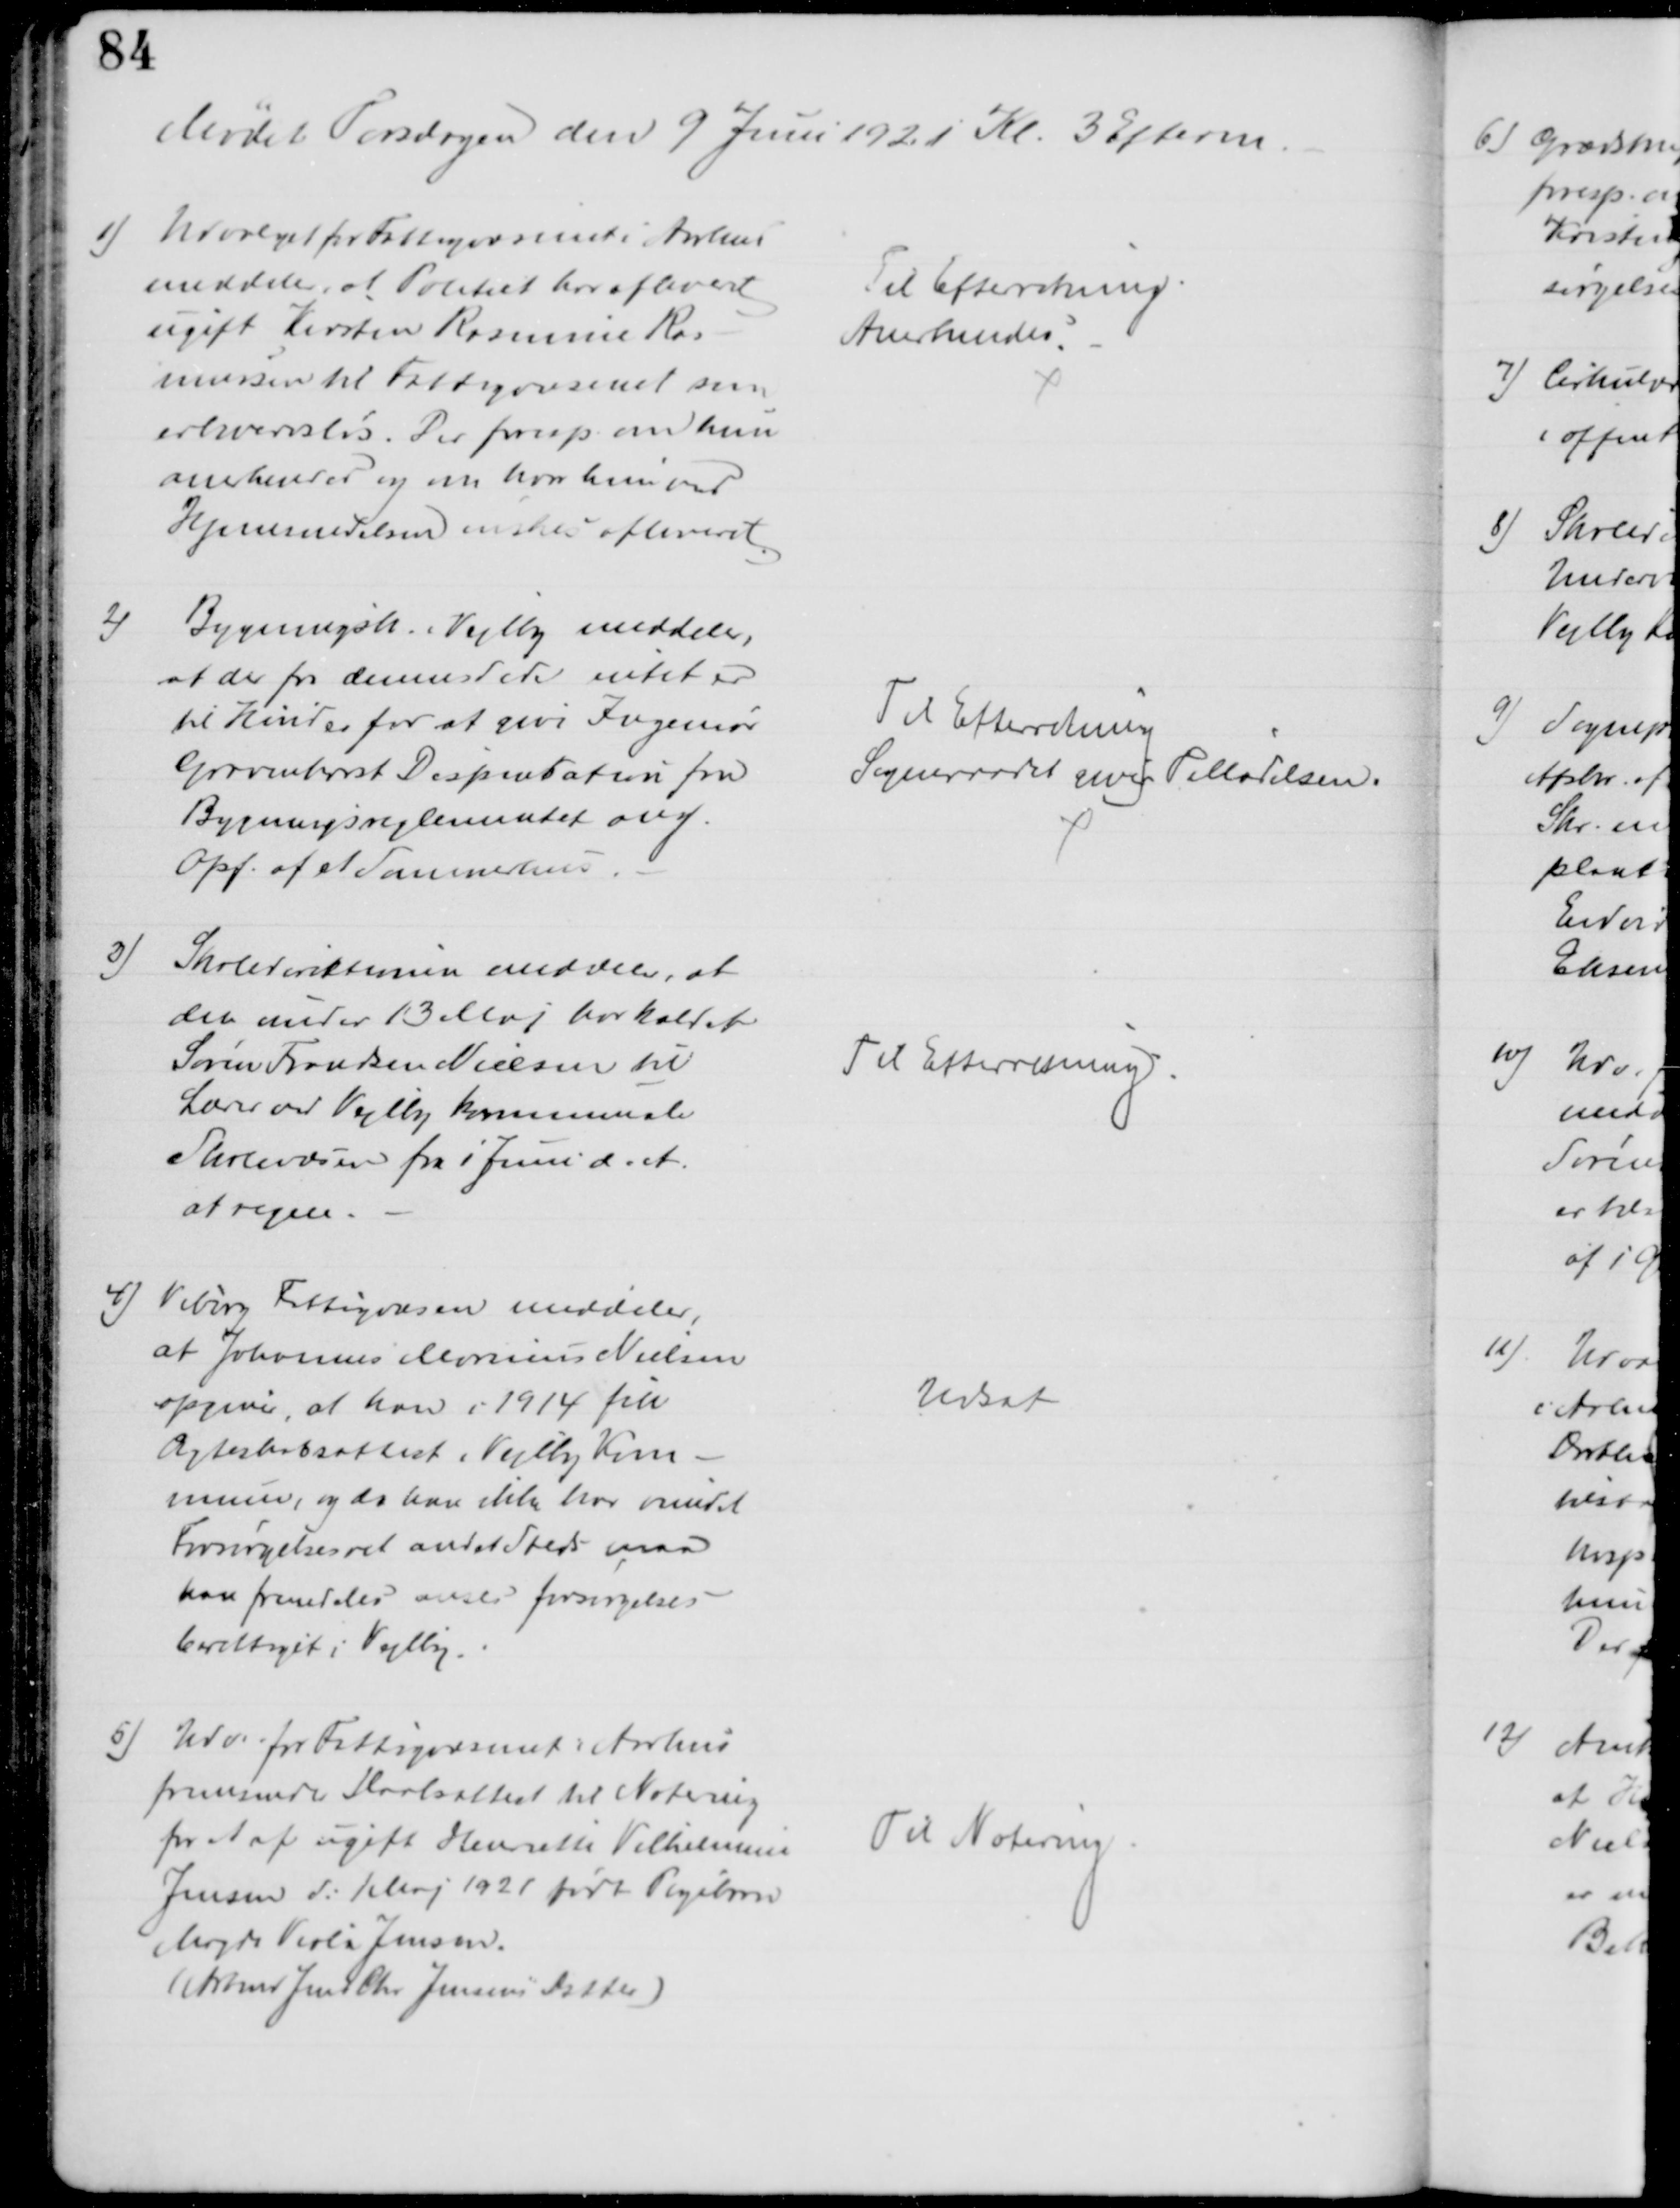
Transskription:
Mødet Torsdagen den 9 Juni 1921 Kl. 3 Efterm.
1)
Udvalget for Fattigvæsenet i Aarhus
meddeler, at Politiet har afleveret
ugift Kirsten Rasmine Ras-
mussen til Fattigvæsenet som
erhvervsløs. Der foresp. om hun
anerkendes og om hvor hun ved
Hjemsendelsen ønskes afleveret.
Til Efterretning
Anerkendes.
2)
Bygningsk. i Vejlby meddeler,
at der fra dennes Side intet er
til Hinder for at give Ingeniør
Gravenhorst Dispensation fra
Bygningsreglementet ang.
Opf. af et Sommerhus.
Til Efterretning
Sogneraadet giver Tilladelsen.
3)
Skoledirektionen meddeler, at
den under 13 Maj har kaldet
Søren Frandsen Nielsen til
Lærer ved Vejlby kommunale
Skolevæsen fra 1 Juni d. A.
at regne.
Til Efterretning.
4) Viborg Fattigvæsen meddeler,
at Johannes Marinus Nielsen
opgiver, at han i 1914 fik
Ægteskabsattest i Vejlby Kom-
mune, og da han ikke har vundet
Forsørgelsesret andet Steds maa
han fremdeles anses forsørgelses-
berettiget i Vejlby.
Udsat
5) Udv. for Fattigvæsenet i Aarhus
fremsender Daabsattest til Notering
for et af ugift Henriette Vilhelmine
Jensen d: 1. Maj 1921 født Pigebarn
Magda Viola Jensen.
(Arbmd Jens Chr. Jensens Datter)
Til Notering